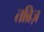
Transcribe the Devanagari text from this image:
तब्रिज़